Statistical return of the lunatic asylum in Assam - 1912-1932
Year: 1912
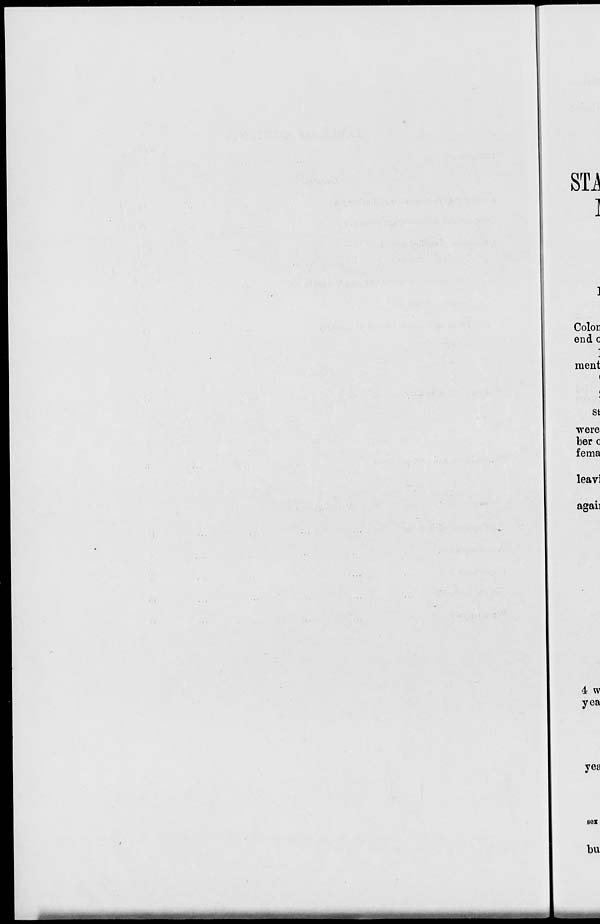
Color
end c
]
ment
st
were
ber c
fema
leavi
agau
4 w
yea
yea
SOX
bu